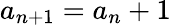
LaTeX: a_{n+1}=a_{n}+1